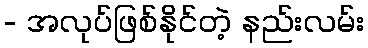
- အလုပ်ဖြစ်နိုင်တဲ့ နည်းလမ်း